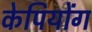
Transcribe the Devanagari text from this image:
केपियोंग